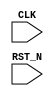
//
// Generated by Bluespec Compiler, version 2024.01-13-ga8fe68a6 (build a8fe68a6)
//
// On Tue Jun 11 10:59:04 IST 2024
//
//
// Ports:
// Name                         I/O  size props
// CLK                            I     1 clock
// RST_N                          I     1 reset
//
// No combinational paths from inputs to outputs
//
//

`ifdef BSV_ASSIGNMENT_DELAY
`else
  `define BSV_ASSIGNMENT_DELAY
`endif

`ifdef BSV_POSITIVE_RESET
  `define BSV_RESET_VALUE 1'b1
  `define BSV_RESET_EDGE posedge
`else
  `define BSV_RESET_VALUE 1'b0
  `define BSV_RESET_EDGE negedge
`endif

module mkTestbench(CLK,
		   RST_N);
  input  CLK;
  input  RST_N;

  // register a
  reg [31 : 0] a;
  wire [31 : 0] a_D_IN;
  wire a_EN;

  // register adder_1_available
  reg adder_1_available;
  wire adder_1_available_D_IN, adder_1_available_EN;

  // register adder_1_cin
  reg adder_1_cin;
  wire adder_1_cin_D_IN, adder_1_cin_EN;

  // register adder_1_in1
  reg [31 : 0] adder_1_in1;
  wire [31 : 0] adder_1_in1_D_IN;
  wire adder_1_in1_EN;

  // register adder_1_in2
  reg [31 : 0] adder_1_in2;
  wire [31 : 0] adder_1_in2_D_IN;
  wire adder_1_in2_EN;

  // register adder_1_result
  reg [32 : 0] adder_1_result;
  wire [32 : 0] adder_1_result_D_IN;
  wire adder_1_result_EN;

  // register b
  reg [31 : 0] b;
  wire [31 : 0] b_D_IN;
  wire b_EN;

  // register cin
  reg cin;
  wire cin_D_IN, cin_EN;

  // register count
  reg [7 : 0] count;
  wire [7 : 0] count_D_IN;
  wire count_EN;

  // register cout
  reg cout;
  wire cout_D_IN, cout_EN;

  // register overflow_flag
  reg overflow_flag;
  wire overflow_flag_D_IN, overflow_flag_EN;

  // register rng_a_r
  reg [31 : 0] rng_a_r;
  wire [31 : 0] rng_a_r_D_IN;
  wire rng_a_r_EN;

  // register rng_b_r
  reg [31 : 0] rng_b_r;
  wire [31 : 0] rng_b_r_D_IN;
  wire rng_b_r_EN;

  // register rng_cin_r
  reg [7 : 0] rng_cin_r;
  wire [7 : 0] rng_cin_r_D_IN;
  wire rng_cin_r_EN;

  // register state
  reg [1 : 0] state;
  reg [1 : 0] state_D_IN;
  wire state_EN;

  // register sum
  reg [31 : 0] sum;
  wire [31 : 0] sum_D_IN;
  wire sum_EN;

  // rule scheduling signals
  wire CAN_FIRE_RL_adder_1_call_compute,
       CAN_FIRE_RL_display_results,
       CAN_FIRE_RL_generate_random_inputs,
       CAN_FIRE_RL_get_results,
       CAN_FIRE_RL_initialize,
       WILL_FIRE_RL_adder_1_call_compute,
       WILL_FIRE_RL_display_results,
       WILL_FIRE_RL_generate_random_inputs,
       WILL_FIRE_RL_get_results,
       WILL_FIRE_RL_initialize;

  // inputs to muxes for submodule ports
  wire [31 : 0] MUX_rng_a_r_write_1__VAL_1, MUX_rng_b_r_write_1__VAL_1;
  wire [7 : 0] MUX_rng_cin_r_write_1__VAL_1;
  wire MUX_state_write_1__SEL_1;

  // remaining internal signals
  wire [32 : 0] calculated_sum__h14822,
		expected_sum__h14821,
		x__h14999,
		x__h15001,
		y__h14840,
		y__h15002;
  wire [8 : 0] spliced_bits__h474;
  wire [7 : 0] adder_1_in1_BITS_15_TO_8_2_AND_adder_1_in2_BIT_ETC___d47,
	       adder_1_in1_BITS_15_TO_8_2_XOR_adder_1_in2_BIT_ETC___d44,
	       adder_1_in1_BITS_23_TO_16_8_AND_adder_1_in2_BI_ETC___d83,
	       adder_1_in1_BITS_23_TO_16_8_XOR_adder_1_in2_BI_ETC___d80,
	       adder_1_in1_BITS_31_TO_24_14_AND_adder_1_in2_B_ETC___d119,
	       adder_1_in1_BITS_7_TO_0_AND_adder_1_in2_BITS_7_ETC___d11,
	       adder_1_in1_BITS_7_TO_0_XOR_adder_1_in2_BITS_7_ETC___d8,
	       p__h8574,
	       sum_val__h2134,
	       sum_val__h4712,
	       sum_val__h842,
	       sum_val__h8578;
  wire _0_CONCAT_a_38_39_PLUS_0_CONCAT_b_40_41_42_PLUS_ETC___d249,
       adder_1_cin_AND_adder_1_in1_BITS_7_TO_0_XOR_ad_ETC___d113,
       adder_1_cin_AND_adder_1_in1_BITS_7_TO_0_XOR_ad_ETC___d77,
       cin__h2129,
       count_22_ULT_30___d237,
       x__h12658,
       x__h12809,
       x__h12811,
       x__h12917,
       x__h12919,
       x__h13025,
       x__h13027,
       x__h13133,
       x__h13135,
       x__h13241,
       x__h13243,
       x__h13349,
       x__h13351,
       x__h13457,
       x__h13459,
       x__h14654,
       x__h14656,
       x__h3636,
       x__h3787,
       x__h3789,
       x__h3895,
       x__h3897,
       x__h4003,
       x__h4005,
       x__h4111,
       x__h4113,
       x__h4219,
       x__h4221,
       x__h4327,
       x__h4329,
       x__h4435,
       x__h4437,
       x__h7503,
       x__h7654,
       x__h7656,
       x__h7762,
       x__h7764,
       x__h7870,
       x__h7872,
       x__h7978,
       x__h7980,
       x__h8086,
       x__h8088,
       x__h8194,
       x__h8196,
       x__h8302,
       x__h8304,
       x__h9078,
       x__h9229,
       x__h9231,
       x__h9337,
       x__h9339,
       x__h9445,
       x__h9447,
       x__h9553,
       x__h9555,
       x__h9661,
       x__h9663,
       x__h9769,
       x__h9771,
       x__h9877,
       x__h9879,
       y__h14655;

  // rule RL_initialize
  assign CAN_FIRE_RL_initialize = state == 2'd0 ;
  assign WILL_FIRE_RL_initialize = CAN_FIRE_RL_initialize ;

  // rule RL_get_results
  assign CAN_FIRE_RL_get_results = adder_1_available && state == 2'd2 ;
  assign WILL_FIRE_RL_get_results = CAN_FIRE_RL_get_results ;

  // rule RL_display_results
  assign CAN_FIRE_RL_display_results = state == 2'd3 ;
  assign WILL_FIRE_RL_display_results = CAN_FIRE_RL_display_results ;

  // rule RL_adder_1_call_compute
  assign CAN_FIRE_RL_adder_1_call_compute = !adder_1_available ;
  assign WILL_FIRE_RL_adder_1_call_compute =
	     CAN_FIRE_RL_adder_1_call_compute ;

  // rule RL_generate_random_inputs
  assign CAN_FIRE_RL_generate_random_inputs = state == 2'd1 ;
  assign WILL_FIRE_RL_generate_random_inputs =
	     CAN_FIRE_RL_generate_random_inputs ;

  // inputs to muxes for submodule ports
  assign MUX_state_write_1__SEL_1 =
	     WILL_FIRE_RL_display_results && count_22_ULT_30___d237 ;
  assign MUX_rng_a_r_write_1__VAL_1 =
	     rng_a_r[0] ?
	       { 1'd1,
		 rng_a_r[31:8],
		 ~rng_a_r[7],
		 rng_a_r[6],
		 ~rng_a_r[5],
		 rng_a_r[4],
		 ~rng_a_r[3:1] } :
	       { 1'd0, rng_a_r[31:1] } ;
  assign MUX_rng_b_r_write_1__VAL_1 =
	     rng_b_r[0] ?
	       { 1'd1,
		 rng_b_r[31:8],
		 ~rng_b_r[7],
		 rng_b_r[6],
		 ~rng_b_r[5],
		 rng_b_r[4],
		 ~rng_b_r[3:1] } :
	       { 1'd0, rng_b_r[31:1] } ;
  assign MUX_rng_cin_r_write_1__VAL_1 =
	     rng_cin_r[0] ?
	       { 1'd1, rng_cin_r[7:5], ~rng_cin_r[4:2], rng_cin_r[1] } :
	       { 1'd0, rng_cin_r[7:1] } ;

  // register a
  assign a_D_IN = rng_a_r ;
  assign a_EN = CAN_FIRE_RL_generate_random_inputs ;

  // register adder_1_available
  assign adder_1_available_D_IN = !WILL_FIRE_RL_generate_random_inputs ;
  assign adder_1_available_EN =
	     WILL_FIRE_RL_generate_random_inputs ||
	     WILL_FIRE_RL_adder_1_call_compute ;

  // register adder_1_cin
  assign adder_1_cin_D_IN = rng_cin_r[3] ;
  assign adder_1_cin_EN = CAN_FIRE_RL_generate_random_inputs ;

  // register adder_1_in1
  assign adder_1_in1_D_IN = rng_a_r ;
  assign adder_1_in1_EN = CAN_FIRE_RL_generate_random_inputs ;

  // register adder_1_in2
  assign adder_1_in2_D_IN = rng_b_r ;
  assign adder_1_in2_EN = CAN_FIRE_RL_generate_random_inputs ;

  // register adder_1_result
  assign adder_1_result_D_IN =
	     { spliced_bits__h474,
	       sum_val__h4712,
	       sum_val__h2134,
	       sum_val__h842 } ;
  assign adder_1_result_EN = CAN_FIRE_RL_adder_1_call_compute ;

  // register b
  assign b_D_IN = rng_b_r ;
  assign b_EN = CAN_FIRE_RL_generate_random_inputs ;

  // register cin
  assign cin_D_IN = rng_cin_r[3] ;
  assign cin_EN = CAN_FIRE_RL_generate_random_inputs ;

  // register count
  assign count_D_IN = count + 8'd1 ;
  assign count_EN = CAN_FIRE_RL_generate_random_inputs ;

  // register cout
  assign cout_D_IN = adder_1_result[32] ;
  assign cout_EN = CAN_FIRE_RL_get_results ;

  // register overflow_flag
  assign overflow_flag_D_IN = x__h14654 & y__h14655 ;
  assign overflow_flag_EN = CAN_FIRE_RL_get_results ;

  // register rng_a_r
  assign rng_a_r_D_IN =
	     WILL_FIRE_RL_generate_random_inputs ?
	       MUX_rng_a_r_write_1__VAL_1 :
	       32'hAFD7CD41 ;
  assign rng_a_r_EN =
	     WILL_FIRE_RL_generate_random_inputs || WILL_FIRE_RL_initialize ;

  // register rng_b_r
  assign rng_b_r_D_IN =
	     WILL_FIRE_RL_generate_random_inputs ?
	       MUX_rng_b_r_write_1__VAL_1 :
	       32'hC9B12E0A ;
  assign rng_b_r_EN =
	     WILL_FIRE_RL_generate_random_inputs || WILL_FIRE_RL_initialize ;

  // register rng_cin_r
  assign rng_cin_r_D_IN =
	     WILL_FIRE_RL_generate_random_inputs ?
	       MUX_rng_cin_r_write_1__VAL_1 :
	       8'hA5 ;
  assign rng_cin_r_EN =
	     WILL_FIRE_RL_generate_random_inputs || WILL_FIRE_RL_initialize ;

  // register state
  always@(MUX_state_write_1__SEL_1 or
	  WILL_FIRE_RL_initialize or
	  WILL_FIRE_RL_generate_random_inputs or WILL_FIRE_RL_get_results)
  begin
    case (1'b1) // synopsys parallel_case
      MUX_state_write_1__SEL_1 || WILL_FIRE_RL_initialize: state_D_IN = 2'd1;
      WILL_FIRE_RL_generate_random_inputs: state_D_IN = 2'd2;
      WILL_FIRE_RL_get_results: state_D_IN = 2'd3;
      default: state_D_IN = 2'bxx /* unspecified value */ ;
    endcase
  end
  assign state_EN =
	     WILL_FIRE_RL_display_results && count_22_ULT_30___d237 ||
	     WILL_FIRE_RL_initialize ||
	     WILL_FIRE_RL_generate_random_inputs ||
	     WILL_FIRE_RL_get_results ;

  // register sum
  assign sum_D_IN = adder_1_result[31:0] ;
  assign sum_EN = CAN_FIRE_RL_get_results ;

  // remaining internal signals
  assign _0_CONCAT_a_38_39_PLUS_0_CONCAT_b_40_41_42_PLUS_ETC___d249 =
	     expected_sum__h14821 == calculated_sum__h14822 ;
  assign adder_1_cin_AND_adder_1_in1_BITS_7_TO_0_XOR_ad_ETC___d113 =
	     x__h8302 |
	     adder_1_in1_BITS_23_TO_16_8_AND_adder_1_in2_BI_ETC___d83[7] ;
  assign adder_1_cin_AND_adder_1_in1_BITS_7_TO_0_XOR_ad_ETC___d77 =
	     x__h4435 |
	     adder_1_in1_BITS_15_TO_8_2_AND_adder_1_in2_BIT_ETC___d47[7] ;
  assign adder_1_in1_BITS_15_TO_8_2_AND_adder_1_in2_BIT_ETC___d47 =
	     adder_1_in1[15:8] & adder_1_in2[15:8] ;
  assign adder_1_in1_BITS_15_TO_8_2_XOR_adder_1_in2_BIT_ETC___d44 =
	     adder_1_in1[15:8] ^ adder_1_in2[15:8] ;
  assign adder_1_in1_BITS_23_TO_16_8_AND_adder_1_in2_BI_ETC___d83 =
	     adder_1_in1[23:16] & adder_1_in2[23:16] ;
  assign adder_1_in1_BITS_23_TO_16_8_XOR_adder_1_in2_BI_ETC___d80 =
	     adder_1_in1[23:16] ^ adder_1_in2[23:16] ;
  assign adder_1_in1_BITS_31_TO_24_14_AND_adder_1_in2_B_ETC___d119 =
	     adder_1_in1[31:24] & adder_1_in2[31:24] ;
  assign adder_1_in1_BITS_7_TO_0_AND_adder_1_in2_BITS_7_ETC___d11 =
	     adder_1_in1[7:0] & adder_1_in2[7:0] ;
  assign adder_1_in1_BITS_7_TO_0_XOR_adder_1_in2_BITS_7_ETC___d8 =
	     adder_1_in1[7:0] ^ adder_1_in2[7:0] ;
  assign calculated_sum__h14822 = { cout, sum } ;
  assign cin__h2129 =
	     x__h9877 |
	     adder_1_in1_BITS_7_TO_0_AND_adder_1_in2_BITS_7_ETC___d11[7] ;
  assign count_22_ULT_30___d237 = count < 8'd30 ;
  assign expected_sum__h14821 = x__h14999 + y__h14840 ;
  assign p__h8574 = adder_1_in1[31:24] ^ adder_1_in2[31:24] ;
  assign spliced_bits__h474 =
	     { x__h13457 |
	       adder_1_in1_BITS_31_TO_24_14_AND_adder_1_in2_B_ETC___d119[7],
	       sum_val__h8578 } ;
  assign sum_val__h2134 =
	     adder_1_in1_BITS_15_TO_8_2_XOR_adder_1_in2_BIT_ETC___d44 ^
	     { x__h4437,
	       x__h4329,
	       x__h4221,
	       x__h4113,
	       x__h4005,
	       x__h3897,
	       x__h3789,
	       cin__h2129 } ;
  assign sum_val__h4712 =
	     adder_1_in1_BITS_23_TO_16_8_XOR_adder_1_in2_BI_ETC___d80 ^
	     { x__h8304,
	       x__h8196,
	       x__h8088,
	       x__h7980,
	       x__h7872,
	       x__h7764,
	       x__h7656,
	       adder_1_cin_AND_adder_1_in1_BITS_7_TO_0_XOR_ad_ETC___d77 } ;
  assign sum_val__h842 =
	     adder_1_in1_BITS_7_TO_0_XOR_adder_1_in2_BITS_7_ETC___d8 ^
	     { x__h9879,
	       x__h9771,
	       x__h9663,
	       x__h9555,
	       x__h9447,
	       x__h9339,
	       x__h9231,
	       adder_1_cin } ;
  assign sum_val__h8578 =
	     p__h8574 ^
	     { x__h13459,
	       x__h13351,
	       x__h13243,
	       x__h13135,
	       x__h13027,
	       x__h12919,
	       x__h12811,
	       adder_1_cin_AND_adder_1_in1_BITS_7_TO_0_XOR_ad_ETC___d113 } ;
  assign x__h12658 =
	     adder_1_cin_AND_adder_1_in1_BITS_7_TO_0_XOR_ad_ETC___d113 &
	     p__h8574[0] ;
  assign x__h12809 = x__h12811 & p__h8574[1] ;
  assign x__h12811 =
	     x__h12658 |
	     adder_1_in1_BITS_31_TO_24_14_AND_adder_1_in2_B_ETC___d119[0] ;
  assign x__h12917 = x__h12919 & p__h8574[2] ;
  assign x__h12919 =
	     x__h12809 |
	     adder_1_in1_BITS_31_TO_24_14_AND_adder_1_in2_B_ETC___d119[1] ;
  assign x__h13025 = x__h13027 & p__h8574[3] ;
  assign x__h13027 =
	     x__h12917 |
	     adder_1_in1_BITS_31_TO_24_14_AND_adder_1_in2_B_ETC___d119[2] ;
  assign x__h13133 = x__h13135 & p__h8574[4] ;
  assign x__h13135 =
	     x__h13025 |
	     adder_1_in1_BITS_31_TO_24_14_AND_adder_1_in2_B_ETC___d119[3] ;
  assign x__h13241 = x__h13243 & p__h8574[5] ;
  assign x__h13243 =
	     x__h13133 |
	     adder_1_in1_BITS_31_TO_24_14_AND_adder_1_in2_B_ETC___d119[4] ;
  assign x__h13349 = x__h13351 & p__h8574[6] ;
  assign x__h13351 =
	     x__h13241 |
	     adder_1_in1_BITS_31_TO_24_14_AND_adder_1_in2_B_ETC___d119[5] ;
  assign x__h13457 = x__h13459 & p__h8574[7] ;
  assign x__h13459 =
	     x__h13349 |
	     adder_1_in1_BITS_31_TO_24_14_AND_adder_1_in2_B_ETC___d119[6] ;
  assign x__h14654 = x__h14656 ^ adder_1_in2[31] ;
  assign x__h14656 = ~adder_1_in1[31] ;
  assign x__h14999 = x__h15001 + y__h15002 ;
  assign x__h15001 = { 1'd0, a } ;
  assign x__h3636 =
	     cin__h2129 &
	     adder_1_in1_BITS_15_TO_8_2_XOR_adder_1_in2_BIT_ETC___d44[0] ;
  assign x__h3787 =
	     x__h3789 &
	     adder_1_in1_BITS_15_TO_8_2_XOR_adder_1_in2_BIT_ETC___d44[1] ;
  assign x__h3789 =
	     x__h3636 |
	     adder_1_in1_BITS_15_TO_8_2_AND_adder_1_in2_BIT_ETC___d47[0] ;
  assign x__h3895 =
	     x__h3897 &
	     adder_1_in1_BITS_15_TO_8_2_XOR_adder_1_in2_BIT_ETC___d44[2] ;
  assign x__h3897 =
	     x__h3787 |
	     adder_1_in1_BITS_15_TO_8_2_AND_adder_1_in2_BIT_ETC___d47[1] ;
  assign x__h4003 =
	     x__h4005 &
	     adder_1_in1_BITS_15_TO_8_2_XOR_adder_1_in2_BIT_ETC___d44[3] ;
  assign x__h4005 =
	     x__h3895 |
	     adder_1_in1_BITS_15_TO_8_2_AND_adder_1_in2_BIT_ETC___d47[2] ;
  assign x__h4111 =
	     x__h4113 &
	     adder_1_in1_BITS_15_TO_8_2_XOR_adder_1_in2_BIT_ETC___d44[4] ;
  assign x__h4113 =
	     x__h4003 |
	     adder_1_in1_BITS_15_TO_8_2_AND_adder_1_in2_BIT_ETC___d47[3] ;
  assign x__h4219 =
	     x__h4221 &
	     adder_1_in1_BITS_15_TO_8_2_XOR_adder_1_in2_BIT_ETC___d44[5] ;
  assign x__h4221 =
	     x__h4111 |
	     adder_1_in1_BITS_15_TO_8_2_AND_adder_1_in2_BIT_ETC___d47[4] ;
  assign x__h4327 =
	     x__h4329 &
	     adder_1_in1_BITS_15_TO_8_2_XOR_adder_1_in2_BIT_ETC___d44[6] ;
  assign x__h4329 =
	     x__h4219 |
	     adder_1_in1_BITS_15_TO_8_2_AND_adder_1_in2_BIT_ETC___d47[5] ;
  assign x__h4435 =
	     x__h4437 &
	     adder_1_in1_BITS_15_TO_8_2_XOR_adder_1_in2_BIT_ETC___d44[7] ;
  assign x__h4437 =
	     x__h4327 |
	     adder_1_in1_BITS_15_TO_8_2_AND_adder_1_in2_BIT_ETC___d47[6] ;
  assign x__h7503 =
	     adder_1_cin_AND_adder_1_in1_BITS_7_TO_0_XOR_ad_ETC___d77 &
	     adder_1_in1_BITS_23_TO_16_8_XOR_adder_1_in2_BI_ETC___d80[0] ;
  assign x__h7654 =
	     x__h7656 &
	     adder_1_in1_BITS_23_TO_16_8_XOR_adder_1_in2_BI_ETC___d80[1] ;
  assign x__h7656 =
	     x__h7503 |
	     adder_1_in1_BITS_23_TO_16_8_AND_adder_1_in2_BI_ETC___d83[0] ;
  assign x__h7762 =
	     x__h7764 &
	     adder_1_in1_BITS_23_TO_16_8_XOR_adder_1_in2_BI_ETC___d80[2] ;
  assign x__h7764 =
	     x__h7654 |
	     adder_1_in1_BITS_23_TO_16_8_AND_adder_1_in2_BI_ETC___d83[1] ;
  assign x__h7870 =
	     x__h7872 &
	     adder_1_in1_BITS_23_TO_16_8_XOR_adder_1_in2_BI_ETC___d80[3] ;
  assign x__h7872 =
	     x__h7762 |
	     adder_1_in1_BITS_23_TO_16_8_AND_adder_1_in2_BI_ETC___d83[2] ;
  assign x__h7978 =
	     x__h7980 &
	     adder_1_in1_BITS_23_TO_16_8_XOR_adder_1_in2_BI_ETC___d80[4] ;
  assign x__h7980 =
	     x__h7870 |
	     adder_1_in1_BITS_23_TO_16_8_AND_adder_1_in2_BI_ETC___d83[3] ;
  assign x__h8086 =
	     x__h8088 &
	     adder_1_in1_BITS_23_TO_16_8_XOR_adder_1_in2_BI_ETC___d80[5] ;
  assign x__h8088 =
	     x__h7978 |
	     adder_1_in1_BITS_23_TO_16_8_AND_adder_1_in2_BI_ETC___d83[4] ;
  assign x__h8194 =
	     x__h8196 &
	     adder_1_in1_BITS_23_TO_16_8_XOR_adder_1_in2_BI_ETC___d80[6] ;
  assign x__h8196 =
	     x__h8086 |
	     adder_1_in1_BITS_23_TO_16_8_AND_adder_1_in2_BI_ETC___d83[5] ;
  assign x__h8302 =
	     x__h8304 &
	     adder_1_in1_BITS_23_TO_16_8_XOR_adder_1_in2_BI_ETC___d80[7] ;
  assign x__h8304 =
	     x__h8194 |
	     adder_1_in1_BITS_23_TO_16_8_AND_adder_1_in2_BI_ETC___d83[6] ;
  assign x__h9078 =
	     adder_1_cin &
	     adder_1_in1_BITS_7_TO_0_XOR_adder_1_in2_BITS_7_ETC___d8[0] ;
  assign x__h9229 =
	     x__h9231 &
	     adder_1_in1_BITS_7_TO_0_XOR_adder_1_in2_BITS_7_ETC___d8[1] ;
  assign x__h9231 =
	     x__h9078 |
	     adder_1_in1_BITS_7_TO_0_AND_adder_1_in2_BITS_7_ETC___d11[0] ;
  assign x__h9337 =
	     x__h9339 &
	     adder_1_in1_BITS_7_TO_0_XOR_adder_1_in2_BITS_7_ETC___d8[2] ;
  assign x__h9339 =
	     x__h9229 |
	     adder_1_in1_BITS_7_TO_0_AND_adder_1_in2_BITS_7_ETC___d11[1] ;
  assign x__h9445 =
	     x__h9447 &
	     adder_1_in1_BITS_7_TO_0_XOR_adder_1_in2_BITS_7_ETC___d8[3] ;
  assign x__h9447 =
	     x__h9337 |
	     adder_1_in1_BITS_7_TO_0_AND_adder_1_in2_BITS_7_ETC___d11[2] ;
  assign x__h9553 =
	     x__h9555 &
	     adder_1_in1_BITS_7_TO_0_XOR_adder_1_in2_BITS_7_ETC___d8[4] ;
  assign x__h9555 =
	     x__h9445 |
	     adder_1_in1_BITS_7_TO_0_AND_adder_1_in2_BITS_7_ETC___d11[3] ;
  assign x__h9661 =
	     x__h9663 &
	     adder_1_in1_BITS_7_TO_0_XOR_adder_1_in2_BITS_7_ETC___d8[5] ;
  assign x__h9663 =
	     x__h9553 |
	     adder_1_in1_BITS_7_TO_0_AND_adder_1_in2_BITS_7_ETC___d11[4] ;
  assign x__h9769 =
	     x__h9771 &
	     adder_1_in1_BITS_7_TO_0_XOR_adder_1_in2_BITS_7_ETC___d8[6] ;
  assign x__h9771 =
	     x__h9661 |
	     adder_1_in1_BITS_7_TO_0_AND_adder_1_in2_BITS_7_ETC___d11[5] ;
  assign x__h9877 =
	     x__h9879 &
	     adder_1_in1_BITS_7_TO_0_XOR_adder_1_in2_BITS_7_ETC___d8[7] ;
  assign x__h9879 =
	     x__h9769 |
	     adder_1_in1_BITS_7_TO_0_AND_adder_1_in2_BITS_7_ETC___d11[6] ;
  assign y__h14655 = adder_1_in2[31] ^ adder_1_result[31] ;
  assign y__h14840 = { 32'b0, cin } ;
  assign y__h15002 = { 1'd0, b } ;

  // handling of inlined registers

  always@(posedge CLK)
  begin
    if (RST_N == `BSV_RESET_VALUE)
      begin
        a <= `BSV_ASSIGNMENT_DELAY 32'h70000000;
	adder_1_available <= `BSV_ASSIGNMENT_DELAY 1'd1;
	adder_1_cin <= `BSV_ASSIGNMENT_DELAY 1'd0;
	adder_1_in1 <= `BSV_ASSIGNMENT_DELAY 32'd0;
	adder_1_in2 <= `BSV_ASSIGNMENT_DELAY 32'd0;
	adder_1_result <= `BSV_ASSIGNMENT_DELAY 33'd0;
	b <= `BSV_ASSIGNMENT_DELAY 32'h10000000;
	cin <= `BSV_ASSIGNMENT_DELAY 1'd1;
	count <= `BSV_ASSIGNMENT_DELAY 8'd0;
	cout <= `BSV_ASSIGNMENT_DELAY 1'd0;
	overflow_flag <= `BSV_ASSIGNMENT_DELAY 1'd0;
	rng_a_r <= `BSV_ASSIGNMENT_DELAY 32'd1;
	rng_b_r <= `BSV_ASSIGNMENT_DELAY 32'd1;
	rng_cin_r <= `BSV_ASSIGNMENT_DELAY 8'd1;
	state <= `BSV_ASSIGNMENT_DELAY 2'd0;
	sum <= `BSV_ASSIGNMENT_DELAY 32'd0;
      end
    else
      begin
        if (a_EN) a <= `BSV_ASSIGNMENT_DELAY a_D_IN;
	if (adder_1_available_EN)
	  adder_1_available <= `BSV_ASSIGNMENT_DELAY adder_1_available_D_IN;
	if (adder_1_cin_EN)
	  adder_1_cin <= `BSV_ASSIGNMENT_DELAY adder_1_cin_D_IN;
	if (adder_1_in1_EN)
	  adder_1_in1 <= `BSV_ASSIGNMENT_DELAY adder_1_in1_D_IN;
	if (adder_1_in2_EN)
	  adder_1_in2 <= `BSV_ASSIGNMENT_DELAY adder_1_in2_D_IN;
	if (adder_1_result_EN)
	  adder_1_result <= `BSV_ASSIGNMENT_DELAY adder_1_result_D_IN;
	if (b_EN) b <= `BSV_ASSIGNMENT_DELAY b_D_IN;
	if (cin_EN) cin <= `BSV_ASSIGNMENT_DELAY cin_D_IN;
	if (count_EN) count <= `BSV_ASSIGNMENT_DELAY count_D_IN;
	if (cout_EN) cout <= `BSV_ASSIGNMENT_DELAY cout_D_IN;
	if (overflow_flag_EN)
	  overflow_flag <= `BSV_ASSIGNMENT_DELAY overflow_flag_D_IN;
	if (rng_a_r_EN) rng_a_r <= `BSV_ASSIGNMENT_DELAY rng_a_r_D_IN;
	if (rng_b_r_EN) rng_b_r <= `BSV_ASSIGNMENT_DELAY rng_b_r_D_IN;
	if (rng_cin_r_EN) rng_cin_r <= `BSV_ASSIGNMENT_DELAY rng_cin_r_D_IN;
	if (state_EN) state <= `BSV_ASSIGNMENT_DELAY state_D_IN;
	if (sum_EN) sum <= `BSV_ASSIGNMENT_DELAY sum_D_IN;
      end
  end

  // synopsys translate_off
  `ifdef BSV_NO_INITIAL_BLOCKS
  `else // not BSV_NO_INITIAL_BLOCKS
  initial
  begin
    a = 32'hAAAAAAAA;
    adder_1_available = 1'h0;
    adder_1_cin = 1'h0;
    adder_1_in1 = 32'hAAAAAAAA;
    adder_1_in2 = 32'hAAAAAAAA;
    adder_1_result = 33'h0AAAAAAAA;
    b = 32'hAAAAAAAA;
    cin = 1'h0;
    count = 8'hAA;
    cout = 1'h0;
    overflow_flag = 1'h0;
    rng_a_r = 32'hAAAAAAAA;
    rng_b_r = 32'hAAAAAAAA;
    rng_cin_r = 8'hAA;
    state = 2'h2;
    sum = 32'hAAAAAAAA;
  end
  `endif // BSV_NO_INITIAL_BLOCKS
  // synopsys translate_on

  // handling of system tasks

  // synopsys translate_off
  always@(negedge CLK)
  begin
    #0;
    if (RST_N != `BSV_RESET_VALUE)
      if (WILL_FIRE_RL_display_results && count_22_ULT_30___d237 &&
	  _0_CONCAT_a_38_39_PLUS_0_CONCAT_b_40_41_42_PLUS_ETC___d249)
	$display("Test Passed");
    if (RST_N != `BSV_RESET_VALUE)
      if (WILL_FIRE_RL_display_results && count_22_ULT_30___d237 &&
	  !_0_CONCAT_a_38_39_PLUS_0_CONCAT_b_40_41_42_PLUS_ETC___d249)
	$display("Test Failed: ");
    if (RST_N != `BSV_RESET_VALUE)
      if (WILL_FIRE_RL_display_results && count_22_ULT_30___d237 &&
	  !_0_CONCAT_a_38_39_PLUS_0_CONCAT_b_40_41_42_PLUS_ETC___d249)
	$display("  %32b\n+ %32b\n+\t\t\t\t %0b\n= \n  %32b", a, b, cin, sum);
    if (RST_N != `BSV_RESET_VALUE)
      if (WILL_FIRE_RL_display_results && count_22_ULT_30___d237 &&
	  !_0_CONCAT_a_38_39_PLUS_0_CONCAT_b_40_41_42_PLUS_ETC___d249)
	$display(" %33b", expected_sum__h14821);
    if (RST_N != `BSV_RESET_VALUE)
      if (WILL_FIRE_RL_display_results && count_22_ULT_30___d237 &&
	  !_0_CONCAT_a_38_39_PLUS_0_CONCAT_b_40_41_42_PLUS_ETC___d249)
	$display("Cout = %0b", cout);
    if (RST_N != `BSV_RESET_VALUE)
      if (WILL_FIRE_RL_display_results && count_22_ULT_30___d237 &&
	  !_0_CONCAT_a_38_39_PLUS_0_CONCAT_b_40_41_42_PLUS_ETC___d249)
	$display("Overflow Flag = %0h\n", overflow_flag);
    if (RST_N != `BSV_RESET_VALUE)
      if (WILL_FIRE_RL_display_results && count_22_ULT_30___d237 &&
	  overflow_flag)
	$display("Overflow occured");
    if (RST_N != `BSV_RESET_VALUE)
      if (WILL_FIRE_RL_display_results && !count_22_ULT_30___d237)
	$finish(32'd0);
  end
  // synopsys translate_on
endmodule  // mkTestbench